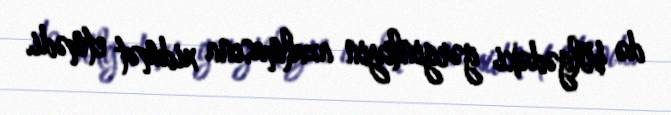
də bölgədəki gərginliyin azalmasına xidmət etmədi.